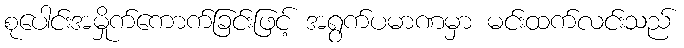
စုပေါင်းအမှိုက်ကောက်ခြင်းဖြင့် အရွက်ပမာဏမှာ မင်းထက်လင်းသည်